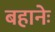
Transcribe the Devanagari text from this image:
बहानेः